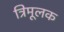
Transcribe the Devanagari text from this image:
त्रिमूलक